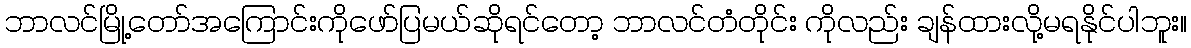
ဘာလင်မြို့တော်အကြောင်းကိုဖော်ပြမယ်ဆိုရင်တော့ ဘာလင်တံတိုင်း ကိုလည်း ချန်ထားလို့မရနိုင်ပါဘူး။